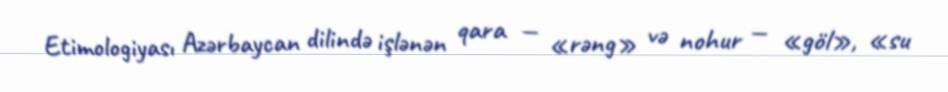
Etimologiyası Azərbaycan dilində işlənən qara — «rəng» və nohur — «göl», «su